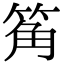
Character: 䇶